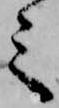
之